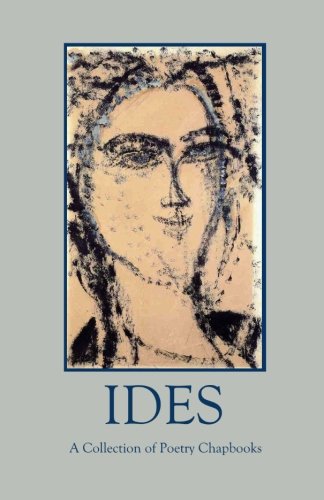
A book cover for Ides: A Collection of Poetry Chapbooks (Silver Birch Press Anthologies) (Volume 12); Silver Birch Press; Literature & Fiction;